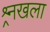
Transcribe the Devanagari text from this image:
श्र्र्नखला